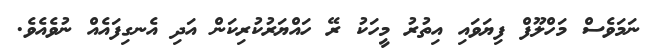
ނަމަވެސް މަހްލޫފް ފިޔަވައި އިތުރު މީހަކު ރޭ ހައްޔަރުކުރިކަން އަދި އެނގިފައެއް ނުވެއެވެ.